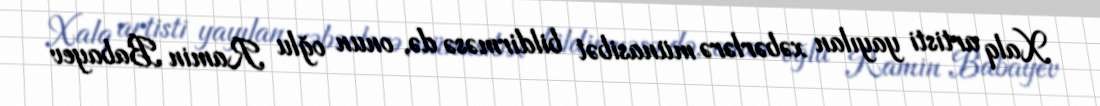
Xalq artisti yayılan xəbərlərə münasibət bildirməsə də, onun oğlu Ramin Babayev